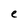
Character: e